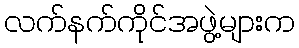
လက်နက်ကိုင်အဖွဲ့များက